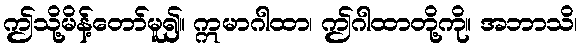
ဤသို့မိန့်တော်မူ၍။ ဣမာဂါထာ၊ ဤဂါထာတို့ကို။ အဘာသိ၊